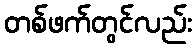
တစ်ဖက်တွင်လည်း